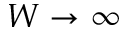
W \rightarrow \infty